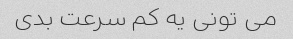
می تونی یه کم سرعت بدی